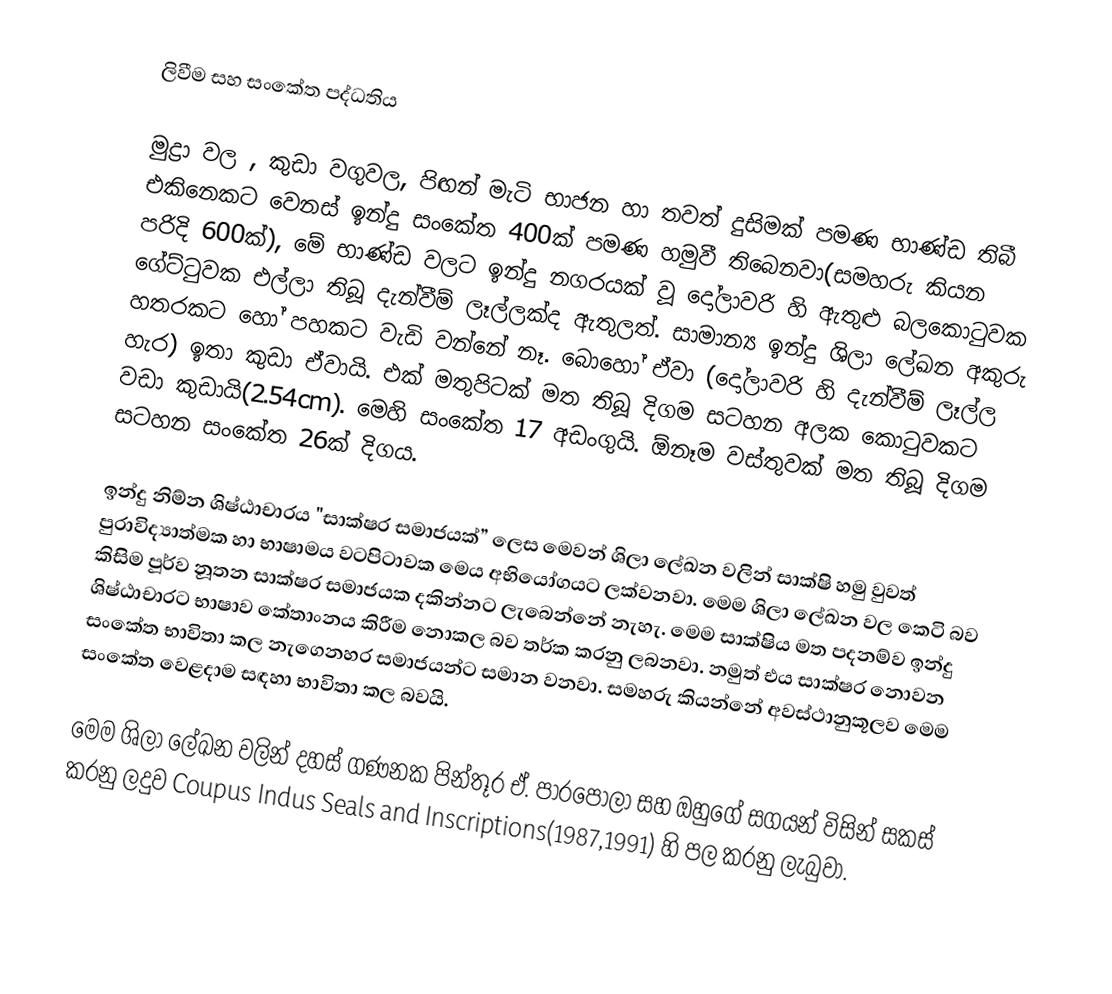
ලිවීම සහ සංකේත පද්ධතිය

මුද්‍රා වල , කුඩා වගුවල, පිඟන් මැටි භාජන හා තවත් දුසිමක් පමණ භාණ්ඩ තිබී එකිනෙකට වෙනස් ඉන්දු සංකේත 400ක් පමණ හමුවී තිබෙනවා(සමහරු කියන පරිදි 600ක්), මේ භාණ්ඩ වලට ඉන්දු නගරයක් වූ දෝලාවරි හි ඇතුළු බලකොටුවක ගේට්ටුවක එල්ලා තිබූ දැන්වීම් ලෑල්ලක්ද ඇතුලත්. සාමාන්‍ය ඉන්දු ශිලා ලේඛන අකුරු හතරකට හෝ පහකට වැඩි වන්නේ නෑ. බොහෝ ඒවා (දෝලාවරි හි දැන්වීම් ලෑල්ල හැර) ඉතා කුඩා ඒවායි. එක් මතුපිටක් මත තිබූ දිගම සටහන අලක කොටුවකට වඩා කුඩායි(2.54cm). මෙහි සංකේත 17 අඩංගුයි. ඕනෑම වස්තුවක් මත තිබූ දිගම සටහන සංකේත 26ක් දිගය.

ඉන්දු නිම්න ශිෂ්ඨාචාරය "සාක්ෂර සමාජයක්” ලෙස මෙවන් ශිලා ලේඛන වලින් සාක්ෂි හමු වුවත් පුරාවිද්‍යාත්මක හා භාෂාමය වටපිටාවක මෙය අභියෝගයට ලක්වනවා. මෙම ශිලා ලේඛන වල කෙටි බව කිසිම පූර්ව නූතන සාක්ෂර සමාජයක දකින්නට ලැබෙන්නේ නැහැ. මෙම සාක්ෂිය මත පදනම්ව ඉන්දු ශිෂ්ඨාචාරට භාෂාව කේතාංනය කිරීම නොකල බව තර්ක කරනු ලබනවා. නමුත් එය සාක්ෂර නොවන සංකේත භාවිතා කල නැගෙනහර සමාජයන්ට සමාන වනවා. සමහරු කියන්නේ අවස්ථානුකූලව මෙම සංකේත වෙළදාම සඳහා භාවිතා කල බවයි.

මෙම ශිලා ලේඛන වලින් දහස් ගණනක පින්තූර ඒ. පාරපෝලා සහ ඔහුගේ සගයන් විසින් සකස් කරනු ලදුව Coupus Indus Seals and Inscriptions(1987,1991) හි පල කරනු ලැබුවා.